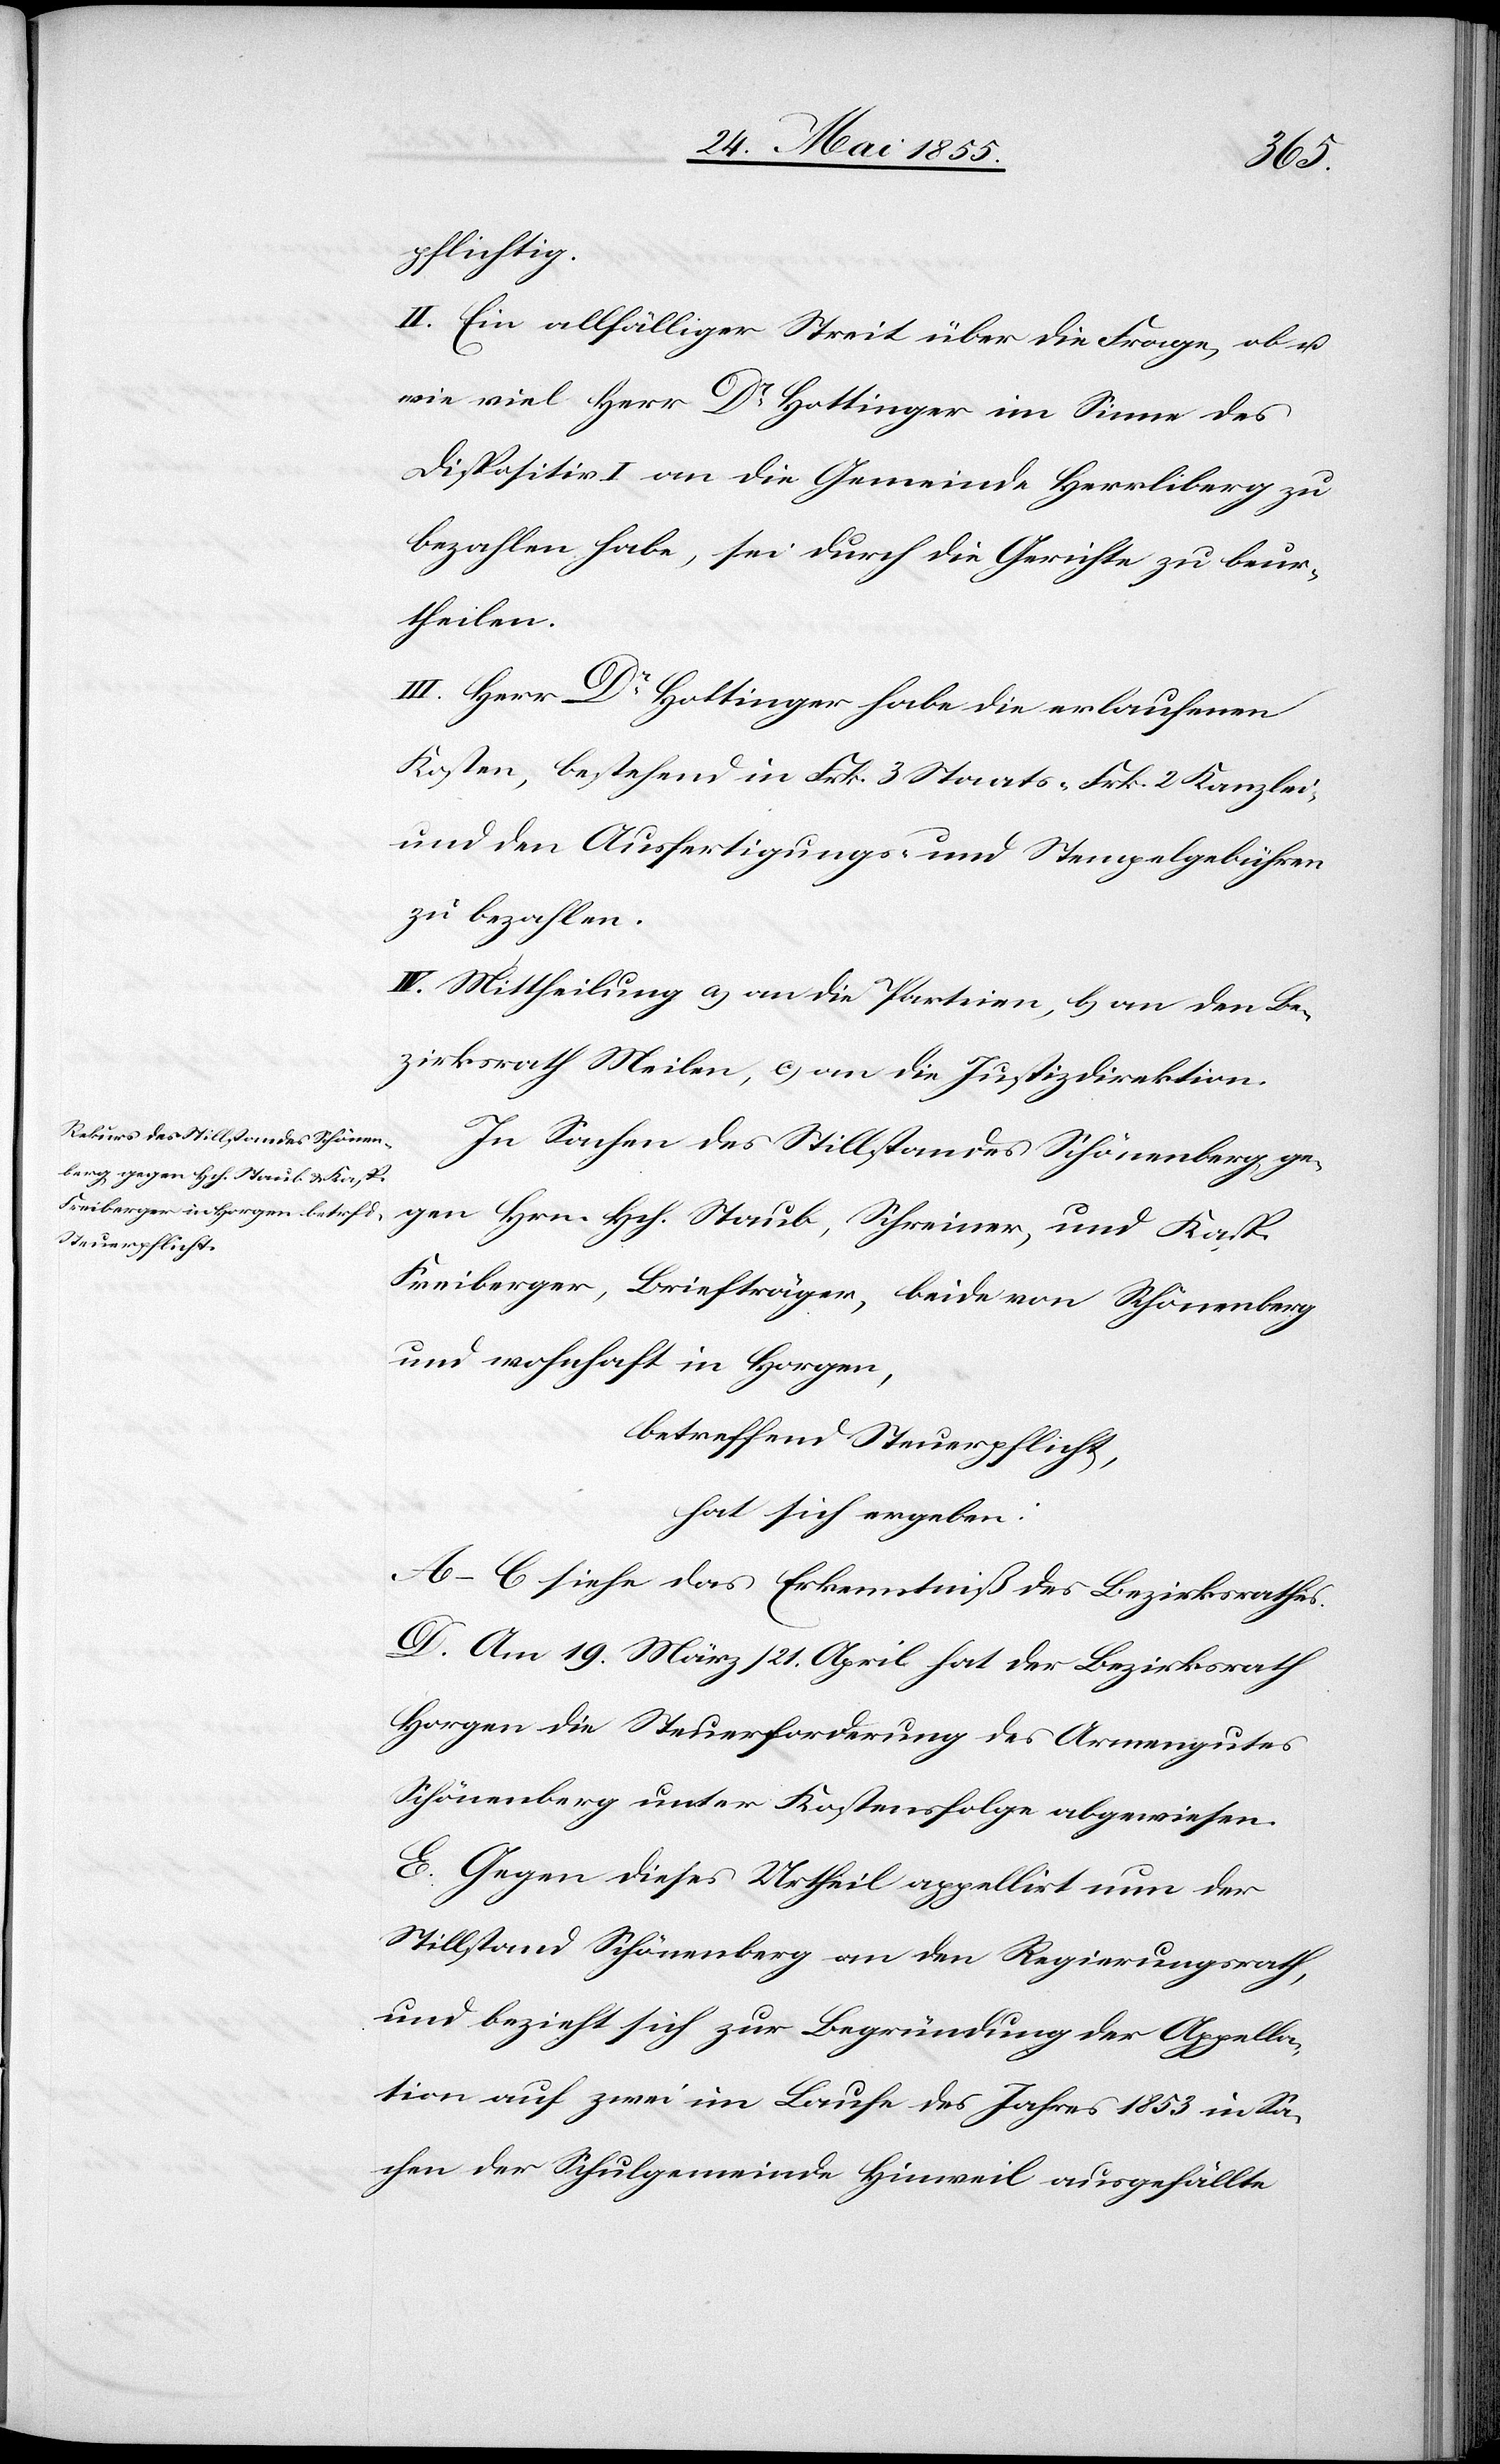
pflichtig.
II. Ein allfälliger Streit über die Frage, ob u.
wie viel Herr Dr Hottinger im Sinne des
Dispositiv I. an die Gemeinde Herrliberg zu
bezahlen habe, sei durch die Gerichte zu beur¬
theilen.
III. Herr Dr Hottinger habe die erlaufenen
Kosten, bestehend in Frk. 3 Staats-[,] Frk. 2 Kanzlei-
und den Ausfertigungs- und Stempelgebühren
zu bezahlen.
IV. Mittheilung a) an die Parteien, b) an den Be¬
zirksrath Meilen, c) an die Justizdirektion.
In Sachen des Stillstandes Schönenberg ge¬
gen Hrn. Hch. Staub, Schreiner, und Kasp.
Freiberger, Briefträger, beide von Schönenberg
und wohnhaft in Horgen,
betreffend Steuerpflicht,
hat sich ergeben:
A–C siehe das Erkenntniß des Bezirksrathes.
D. Am 19. März / 21. April hat der Bezirksrath
Horgen die Steuerforderung des Armengutes
Schönenberg unter Kostensfolge abgewiesen.
E. Gegen dieses Urtheil appellirt nun der
Stillstand Schönenberg an den Regierungsrath,
und bezieht sich zur Begründung der Appella¬
tion auf zwei im Laufe des Jahres 1853 in Sa¬
chen der Schulgemeinde Hinweil ausgefällte